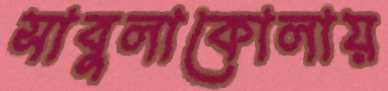
সাবুলাকোলায়